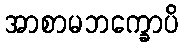
အာစာမဘက္ခောပိ